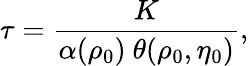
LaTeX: \tau=\frac{K}{\alpha(\rho_{0})\ \theta(\rho_{0},\eta_{0})},